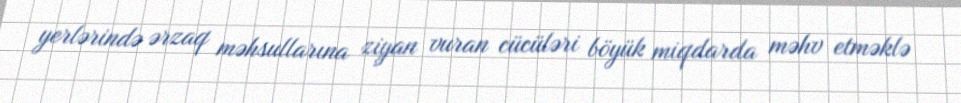
yerlərində ərzaq məhsullarına ziyan vuran cücüləri böyük miqdarda məhv etməklə